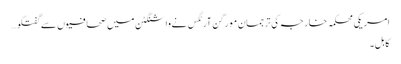
امریکی محکمہ خارجہ کی ترجمان مورگن آرٹگس نےواشنگٹن میں صحافیوں سےگفتگو…
کابل۔